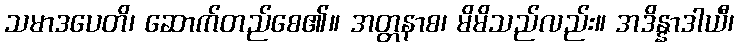
သမာဒပေတိ၊ ဆောက်တည်စေ၏။ အတ္တနာစ၊ မိမိသည်လည်း။ အဒိန္နာဒါယီ၊